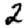
Digit: 2